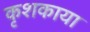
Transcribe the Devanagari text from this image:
कृशकाया